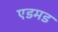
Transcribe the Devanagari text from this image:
एडमड